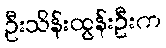
ဦးသိန်းထွန်းဦးက